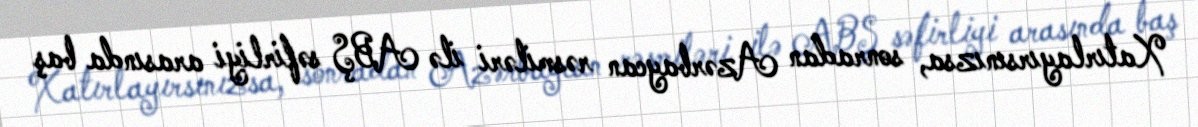
Xatırlayırsınızsa, sonradan Azərbaycan rəsmiləri ilə ABŞ səfirliyi arasında baş